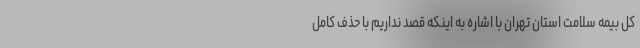
کل بیمه سلامت استان تهران با اشاره به اینکه قصد نداریم با حذف کامل